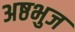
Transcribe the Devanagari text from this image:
अष्ठभुज